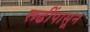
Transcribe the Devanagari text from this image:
रूढींपासून